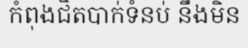
កំពុងជិតបាក់ទំនប់ នឹងមិន